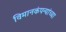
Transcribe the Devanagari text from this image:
विमानकंपन्यांच्या